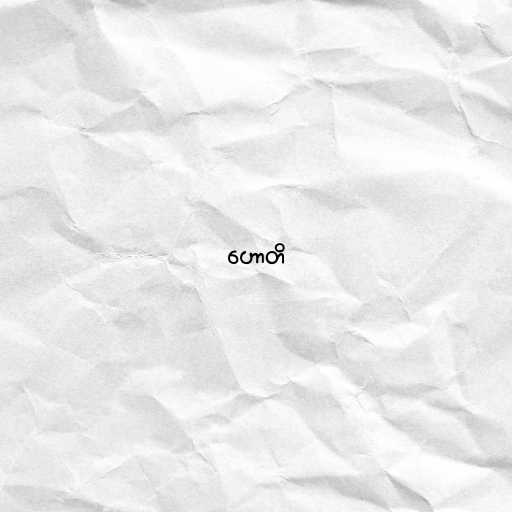
ဟောတိ